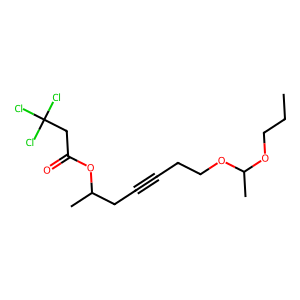
SMILES: CCCOC(C)OCCC#CCC(C)OC(=O)CC(Cl)(Cl)Cl
Inhibits HIV replication: No